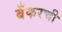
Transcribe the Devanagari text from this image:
बँकरची